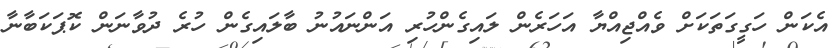
އެކަން ހަގީގަތަކަށް ވެއްޖިއްޔާ އަހަރެން ލައިގެންހުރި އަންނައުނު ބާލައިގެން ހުރެ ދުވާނަން ކޮޕަކަބާނާ